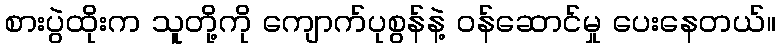
စားပွဲထိုးက သူတို့ကို ကျောက်ပုစွန်နဲ့ ဝန်ဆောင်မှု ပေးနေတယ်။